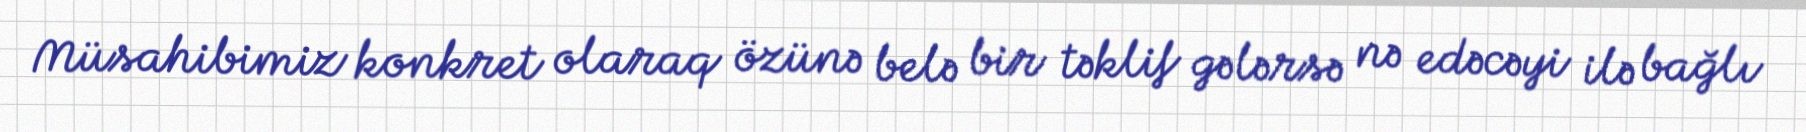
Müsahibimiz konkret olaraq özünə belə bir təklif gələrsə nə edəcəyi ilə bağlı